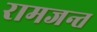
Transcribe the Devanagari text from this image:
रामजन्त